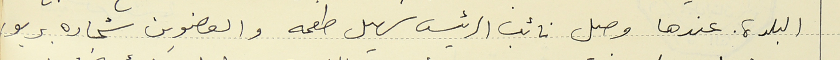
البلدة. عندها وصل نائب الرئيس سهيل طعمه والعضوين شحاده بربور